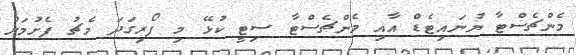
މެންޗެސްޓާ ޔުނައިޓެޑް އާއި މެންޗެސްޓާ ސިޓީ ކުޅޭ މި ފޯރިގަދަ މެޗު ފެށުމަށް